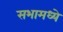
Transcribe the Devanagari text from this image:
सभामध्ये